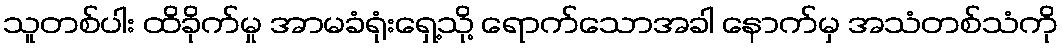
သူတစ်ပါး ထိခိုက်မှု အာမခံရုံးရှေ့သို့ ရောက်သောအခါ နောက်မှ အသံတစ်သံကို